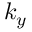
k _ { y }